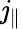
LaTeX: \mathit{j}_{\| }